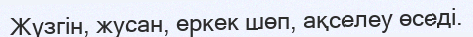
Жүзгін, жусан, еркек шөп, ақселеу өседі.